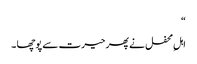
“
اہلِ محفل نے پھر حیرت سے پوچھا ۔